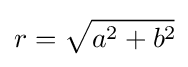
r={\sqrt {a^{2}+b^{2}{}_{\!}}}